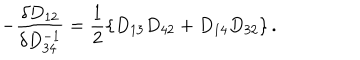
LaTeX: - \frac { \delta D _ { 1 2 } } { \delta D _ { 3 4 } ^ { - 1 } } = \frac { 1 } { 2 } \left\{ D _ { 1 3 } D _ { 4 2 } + D _ { 1 4 } D _ { 3 2 } \right\} .